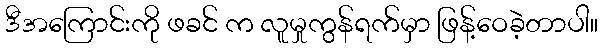
ဒီအကြောင်းကို ဖခင် က လူမှုကွန်ရက်မှာ ဖြန့်ဝေခဲ့တာပါ။